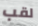
لقب